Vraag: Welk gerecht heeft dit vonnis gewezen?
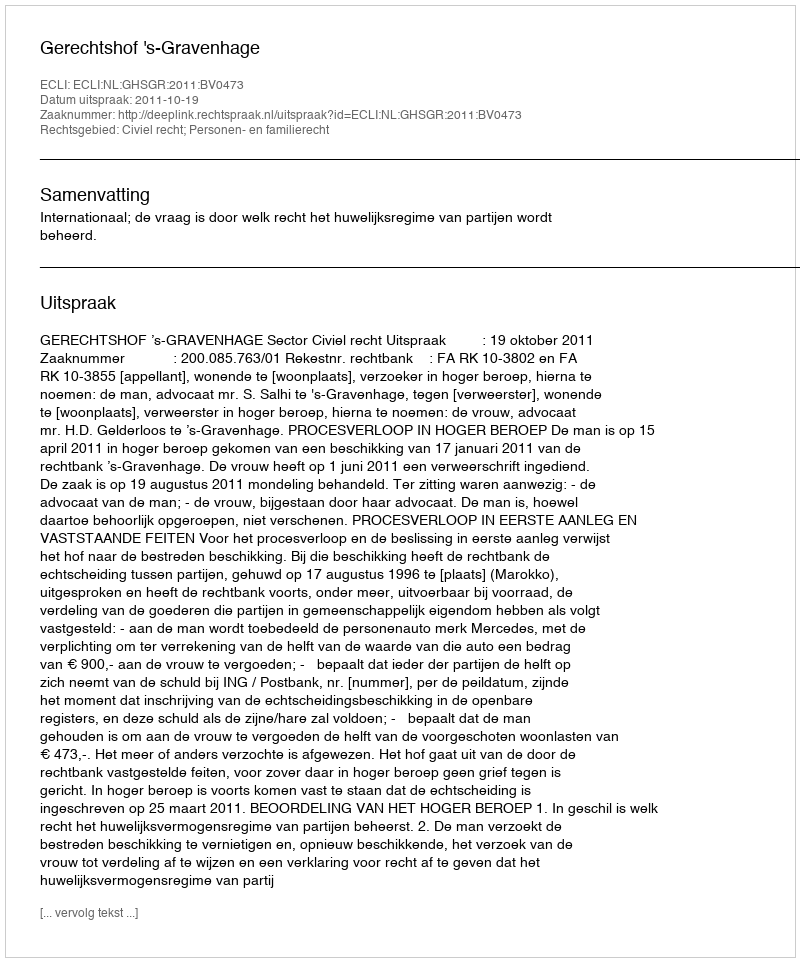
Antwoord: Gerechtshof 's-Gravenhage